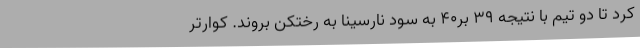
کرد تا دو تیم با نتیجه 39 بر40 به سود نارسینا به رختکن بروند. کوارتر